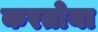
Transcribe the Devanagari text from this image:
करतोया